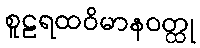
စူဠရထဝိမာနဝတ္ထု